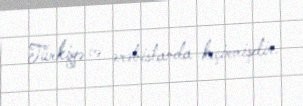
Türkiyə və ərəbistanda keçirmişdir.